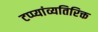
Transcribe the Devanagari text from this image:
टप्प्यांव्यतिरिक्त